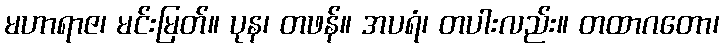
မဟာရာဇ၊ မင်းမြတ်။ ပုန၊ တဖန်။ အပရံ၊ တပါးလည်း။ တထာဂတော၊